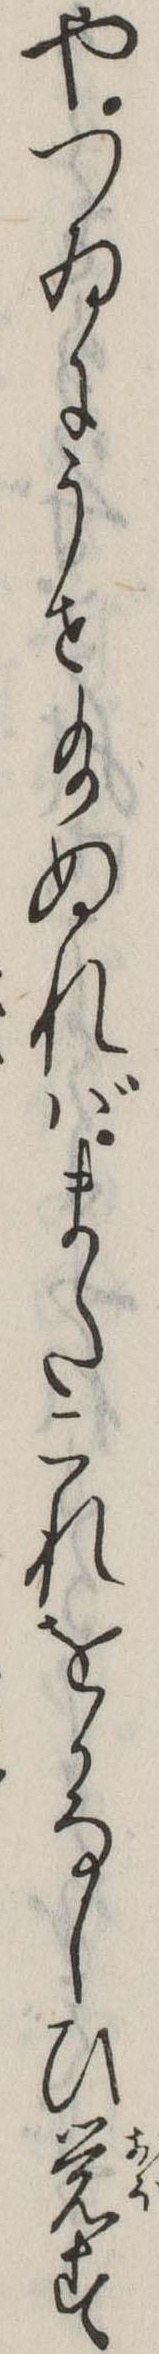
やつゐにうせ給ぬればまたこれをかなしひ覚す